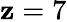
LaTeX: \mathbf{z}=7